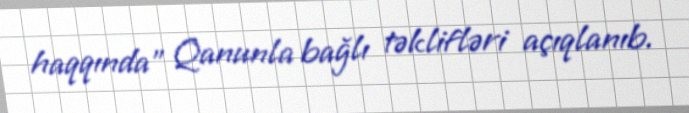
haqqında" Qanunla bağlı təklifləri açıqlanıb.